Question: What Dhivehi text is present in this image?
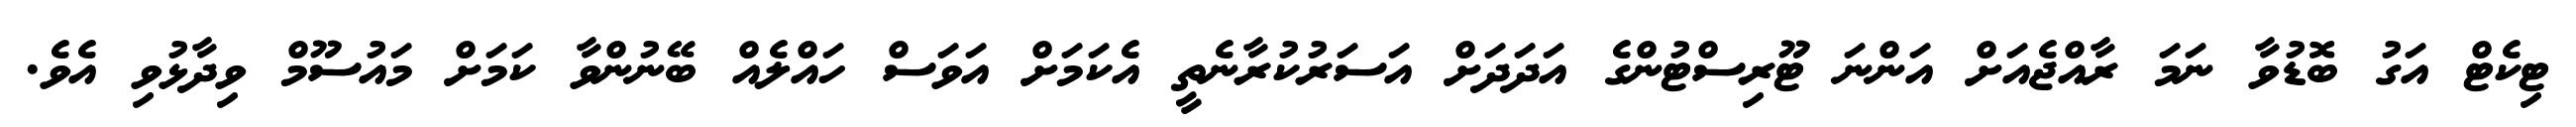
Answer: ޓިކެޓް އަގު ބޮޑުވާ ނަމަ ރާއްޖެއަށް އަންނަ ޓޫރިސްޓުންގެ އަދަދަށް އަސަރުކުރާނެތީ އެކަމަށް އަވަސް ހައްލެއް ބޭނުންވާ ކަމަށް މައުސޫމް ވިދާޅުވި އެވެ.